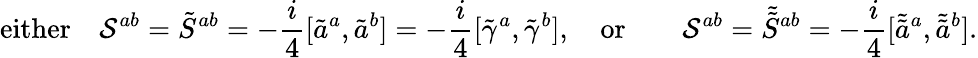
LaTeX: \mathrm{either}\quad{\cal S}^{ab}=\tilde{S}^{ab}=-\frac{i}{4}[\tilde{a}^{a},\tilde{a}^{b}]=-\frac{i}{4}[\tilde{\gamma}^{a},\tilde{\gamma}^{b}],\quad\mathrm{or}\qquad{\cal S}^{ab}=\tilde{\tilde{S}}{}^{ab}=-\frac{i}{4}[\tilde{\tilde{a}}{}^{a},\tilde{\tilde{a}}{}^{b}].